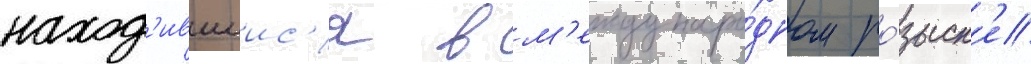
наход'ившиис'я в м'еждунаро́дном ро́зыск'е